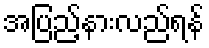
အပြည့်နားလည်ရန်